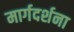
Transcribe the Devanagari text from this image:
मार्गदर्शना